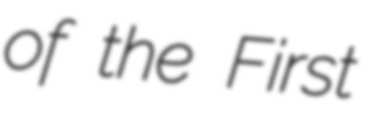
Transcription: of the First